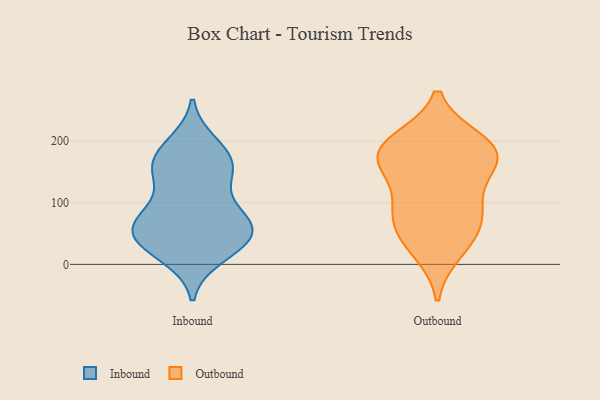
{"axis": {"x": "Waste Production (Tons)", "y": "Value"}, "legend": ["Inbound", "Outbound"], "data": [{"x": "", "y": 41, "type": "Inbound"}, {"x": "", "y": 148, "type": "Inbound"}, {"x": "", "y": 43, "type": "Inbound"}, {"x": "", "y": 160, "type": "Inbound"}, {"x": "", "y": 102, "type": "Inbound"}, {"x": "", "y": 57, "type": "Inbound"}, {"x": "", "y": 69, "type": "Inbound"}, {"x": "", "y": 191, "type": "Inbound"}, {"x": "", "y": 157, "type": "Inbound"}, {"x": "", "y": 81, "type": "Inbound"}, {"x": "", "y": 35, "type": "Inbound"}, {"x": "", "y": 60, "type": "Inbound"}, {"x": "", "y": 13, "type": "Inbound"}, {"x": "", "y": 196, "type": "Inbound"}, {"x": "", "y": 19, "type": "Inbound"}, {"x": "", "y": 75, "type": "Inbound"}, {"x": "", "y": 169, "type": "Inbound"}, {"x": "", "y": 147, "type": "Inbound"}, {"x": "", "y": 54, "type": "Inbound"}, {"x": "", "y": 179, "type": "Outbound"}, {"x": "", "y": 22, "type": "Outbound"}, {"x": "", "y": 163, "type": "Outbound"}, {"x": "", "y": 99, "type": "Outbound"}, {"x": "", "y": 200, "type": "Outbound"}, {"x": "", "y": 90, "type": "Outbound"}, {"x": "", "y": 59, "type": "Outbound"}, {"x": "", "y": 200, "type": "Outbound"}, {"x": "", "y": 159, "type": "Outbound"}, {"x": "", "y": 185, "type": "Outbound"}, {"x": "", "y": 170, "type": "Outbound"}, {"x": "", "y": 39, "type": "Outbound"}, {"x": "", "y": 84, "type": "Outbound"}]}